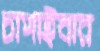
চাপাইবার